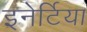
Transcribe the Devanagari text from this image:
इनेर्टिया